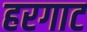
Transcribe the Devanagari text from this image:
हरगाट